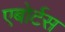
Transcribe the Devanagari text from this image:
एबोर्टस